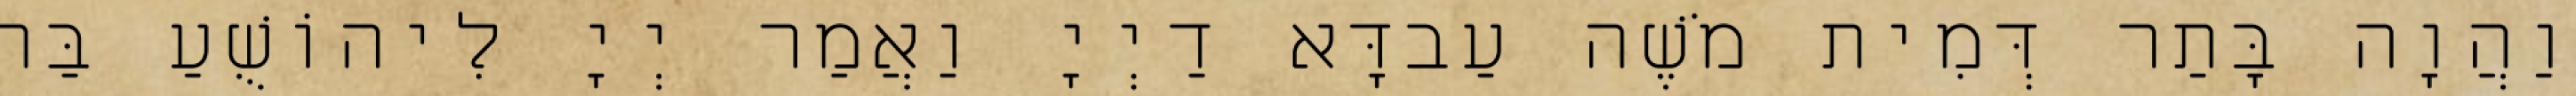
וַהֲוָה בָּתַר דְּמִית מֹשֶׁה עַבדָּא דַיְיָ וַאֲמַר יְיָ לִיהוֹשֻׁעַ בַּר